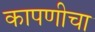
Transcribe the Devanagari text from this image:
कापणीचा